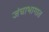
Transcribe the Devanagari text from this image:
जंघाभागात